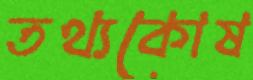
তথ্যকোষ